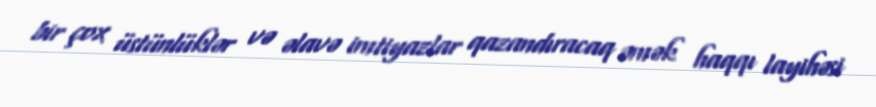
bir çox üstünlüklər və əlavə imtiyazlar qazandıracaq əmək haqqı layihəsi